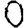
Digit: 0